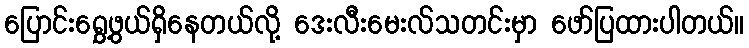
ပြောင်းရွှေ့ဖွယ်ရှိနေတယ်လို့ ဒေးလီးမေးလ်သတင်းမှာ ဖော်ပြထားပါတယ်။